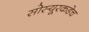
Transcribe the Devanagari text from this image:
सोस्यूरकडेच